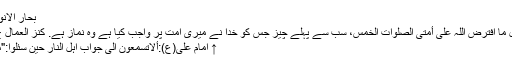
بحار الانوار ج,۹۸ ص۱۶۸
↑ پیامبر(ص): اول ما افترض اللہ علی أمتی الصلوات الخمس، سب سے پہلے چیز جس کو خدا نے میری امت پر واجب کیا ہے وہ نماز ہے. کنز العمال ج۷ حدیث ۱۸۸۵۱
↑ امام علی(ع):ألاتسمعون الی جواب اہل النار حین سئلوا:"ما سلککم فی سقر؟